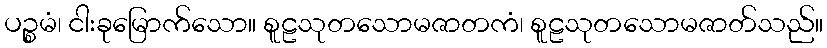
ပဉ္စမံ၊ ငါးခုမြောက်သော။ စူဠသုတသောမဇာတကံ၊ စူဠသုတသောမဇာတ်သည်။